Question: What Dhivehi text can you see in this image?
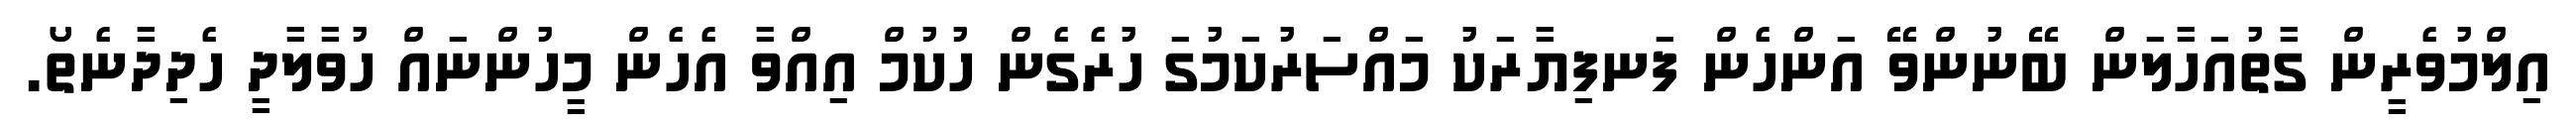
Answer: އިލްމުވެރީން ގާތުއަހާލަން ބޭނުންވޭ އަންހެން ފަނފިޔާރަކު މައްސަރުކަމުގަ ހުރެގެން ހުކުމް އިއްވާ އެހެން މީހުންނައް ހުވާލާދީ ހެދިދާނެތޯ.